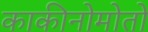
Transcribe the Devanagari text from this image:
काकीनोमोतो